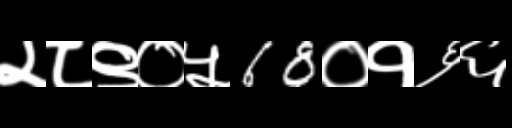
Text: २८९०५68०१६६